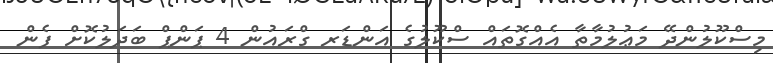
މިސްކޫލުންދޭ މަޢުލުމާތާ އެއްގޮތައް ސްކޫލުގެ އަންޑަރ ގްރައުން 4 ޕަންޕް ބަދަލުކޮށް ފެން